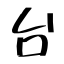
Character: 台